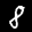
Label: 8